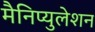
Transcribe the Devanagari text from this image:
मैनिप्युलेशन